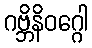
ဂဗ္ဘိနိဝဂ္ဂေါ